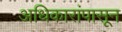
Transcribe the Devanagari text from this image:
अधिकारांपासून